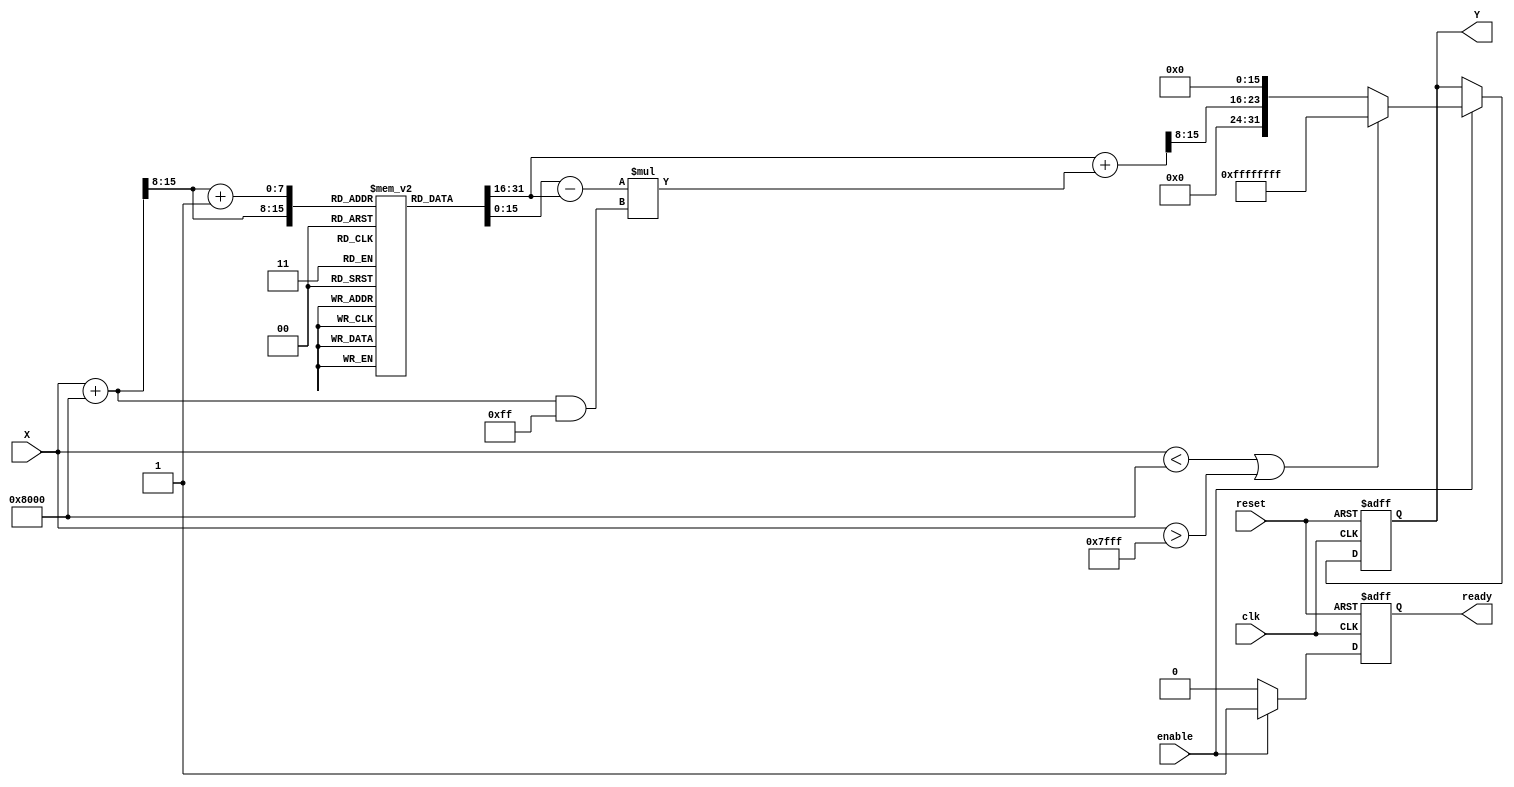
module acos_block (
    input wire clk,
    input wire reset,
    input wire enable,
    input wire signed [15:0] X, // Input value in fixed-point format
    output reg signed [31:0] Y,  // Output value in fixed-point format (radians)
    output reg ready // Signal indicating output is valid
);

// Parameters
parameter LUT_SIZE = 256;
parameter LUT_WIDTH = 16; // Width of LUT entries
parameter OUTPUT_WIDTH = 32; // Width of output

// Lookup table for acos values (precomputed values)
reg signed [LUT_WIDTH-1:0] lut [0:LUT_SIZE-1];

// Initialize the LUT with precomputed acos values
initial begin
    // Fill LUT with precomputed values of acos for discrete inputs
    // This is a placeholder. Actual values should be computed and filled.
    // Example: lut[0] = 3.14159 (acos(-1)), lut[128] = 1.5708 (acos(0)), lut[256] = 0 (acos(1))
    // Populate the LUT with values from -1 to 1
    // For simplicity, values are not filled in this example.
    // You would need to compute these values using a high-precision software tool.
end

// Internal signals
reg signed [LUT_WIDTH-1:0] lut_value1, lut_value2;
reg [7:0] index1, index2; // LUT indices
reg signed [LUT_WIDTH-1:0] interp_value; // Interpolated value
reg [15:0] fraction; // Fractional part for interpolation

// Range check and LUT selection
always @(posedge clk or posedge reset) begin
    if (reset) begin
        Y <= 0;
        ready <= 0;
    end else if (enable) begin
        // Range check
        if (X < -16'h8000 || X > 16'h7FFF) begin // Check if X is in [-1, 1]
            Y <= 32'hFFFFFFFF; // Set output to NaN or error value
            ready <= 1;
        end else begin
            // Scale input to LUT index (0 to 255)
            index1 = (X + 16'h8000) >> 8; // Map [-1, 1] to [0, 255]
            index2 = index1 + 1; // Next index for interpolation

            // Get LUT values
            lut_value1 = lut[index1];
            lut_value2 = lut[index2];

            // Calculate fraction for interpolation
            fraction = (X + 16'h8000) & 8'hFF; // Get fractional part

            // Linear interpolation
            interp_value = lut_value1 + ((lut_value2 - lut_value1) * fraction) >> 8;

            // Set output
            Y <= {interp_value, 16'b0}; // Scale to output width
            ready <= 1; // Indicate output is ready
        end
    end else begin
        ready <= 0; // Clear ready signal if not enabled
    end
end

endmodule